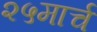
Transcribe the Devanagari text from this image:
२५मार्च